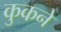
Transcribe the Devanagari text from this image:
कुकने